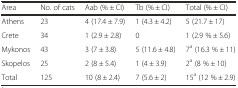
| Area | No. of cats | Aab (% ± CI) | Tb (% ± CI) | Total (% ± CI) |
 | --- | --- | --- | --- | --- |
 | Athens | 23 | 4 (17.4 ± 7.9) | 1 (4.3 ± 4.2) | 5 (21.7 ± 17) |
 | Crete | 34 | 1 (2.9 ± 2.8) | 0 | 1 (2.9 % ± 5.6) |
 | Mykonos | 43 | 3 (7 ± 3.8) | 5 (11.6 ± 4.8) | 7a (16.3 % ± 11) |
 | Skopelos | 25 | 2 (8 ± 5.4) | 1 (4 ± 3.9) | 2a (8 % ± 10) |
 | Total | 125 | 10 (8 ± 2.4) | 7 (5.6 ± 2) | 15a (12 % ± 2.9) |